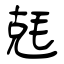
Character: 兞